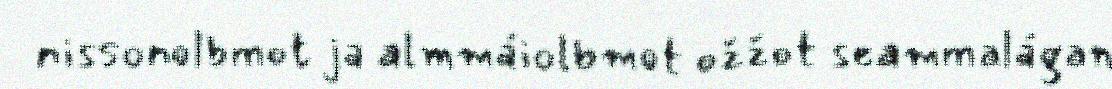
nissonolbmot ja almmáiolbmot ožžot seammalágan